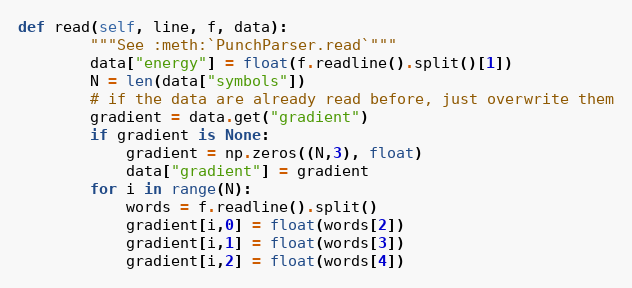
Language: Python
def read(self, line, f, data):
        """See :meth:`PunchParser.read`"""
        data["energy"] = float(f.readline().split()[1])
        N = len(data["symbols"])
        # if the data are already read before, just overwrite them
        gradient = data.get("gradient")
        if gradient is None:
            gradient = np.zeros((N,3), float)
            data["gradient"] = gradient
        for i in range(N):
            words = f.readline().split()
            gradient[i,0] = float(words[2])
            gradient[i,1] = float(words[3])
            gradient[i,2] = float(words[4])